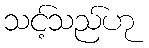
သင့်သည်ဟု